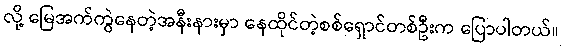
လို့ မြေအက်ကွဲနေတဲ့အနီးနားမှာ နေထိုင်တဲ့စစ်ရှောင်တစ်ဦးက ပြောပါတယ်။